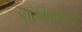
કાટમાળની